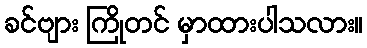
ခင်ဗျား ကြိုတင် မှာထားပါသလား။